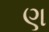
ણ